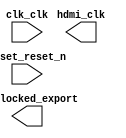

module soc_system (
	clk_clk,
	hdmi_clk,
	reset_reset_n,
	pll_locked_export);	

	input		clk_clk;
	output		hdmi_clk;
	input		reset_reset_n;
	output		pll_locked_export;
endmodule